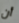
أن